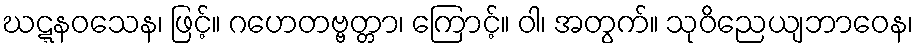
ဃဋ္ဋနဝသေန၊ ဖြင့်။ ဂဟေတဗ္ဗတ္တာ၊ ကြောင့်။ ဝါ၊ အတွက်။ သုဝိညေယျဘာဝေန၊